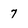
Character: 7